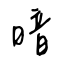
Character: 暗